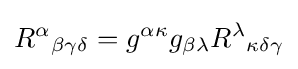
R^{\alpha }{}_{\beta \gamma \delta }=g^{\alpha \kappa }g_{\beta \lambda }R^{\lambda }{}_{\kappa \delta \gamma }